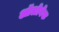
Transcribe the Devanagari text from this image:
ऑलोवेक